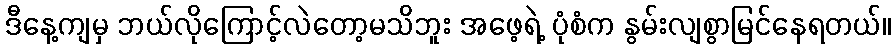
ဒီနေ့ကျမှ ဘယ်လိုကြောင့်လဲတော့မသိဘူး အဖေ့ရဲ့ ပုံစံက နွမ်းလျစွာမြင်နေရတယ်။